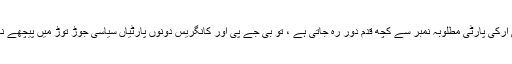
اگر کے سی آرکی پارٹی مطلوبہ نمبر سے کچھ قدم دور رہ جاتی ہے ، تو بی جے پی اور کانگریس دونوں پارٹیاں سیاسی جوڑ توڑ میں پیچھے نہیں ہٹیں گی۔